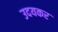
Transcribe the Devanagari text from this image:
उदयकर